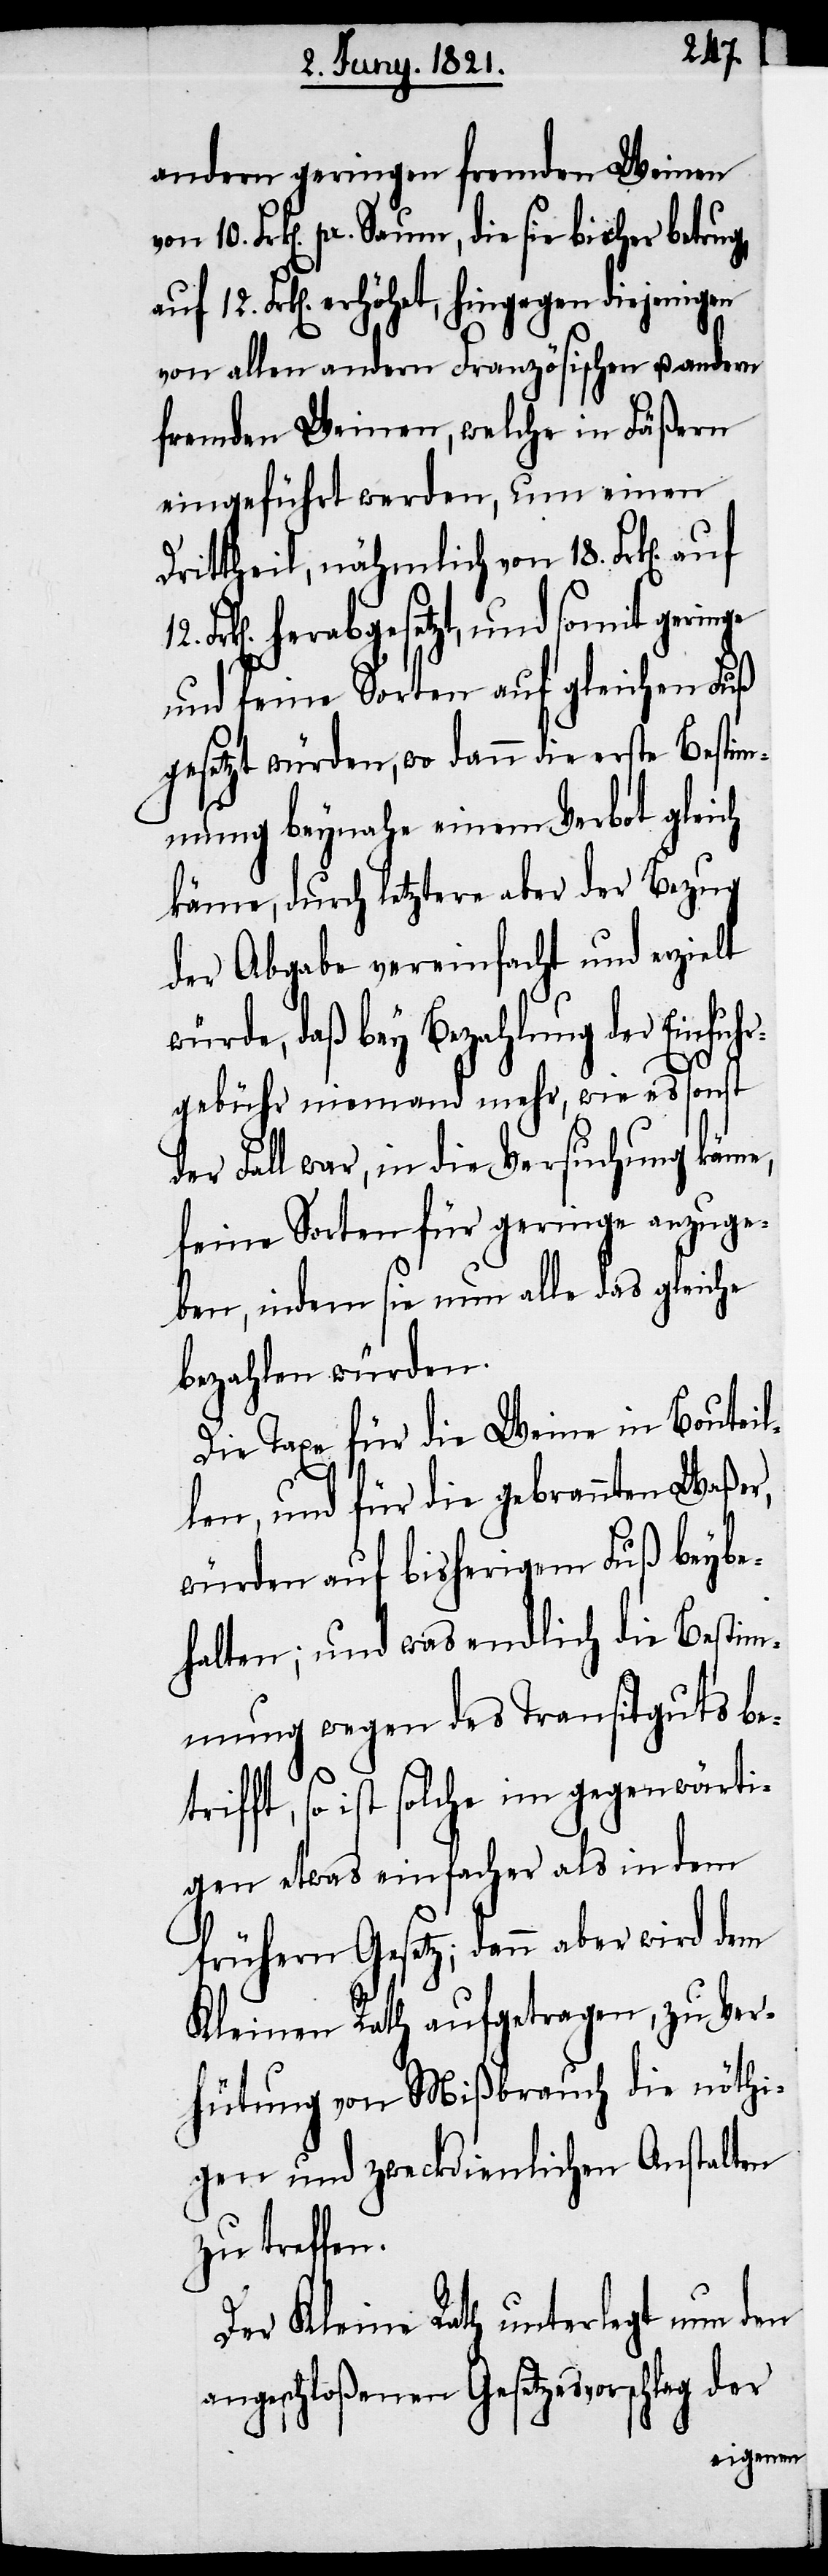
andern geringen fremden Weinen
pr. Saum, die sie bisher betrug,
12. Frk[en]. erhöhet, hingegen diejenigen
von allen andern Französischen u. andern
fremden Weinen, welche in Fäßern
eingeführt werden, um einen
Drittheil, nähmlich von 18. Frk[en].
herabgesetzt, und somit geringe
und feine Sorten auf gleichen Fuß
gesetzt würden, wo dann die erste Bestim¬
mung beynahe einem Verbot gleich
käme, durch letztere aber der Bezug
der Abgabe vereinfacht und erzielt
würde, daß bey Bezahlung der Einfuh¬
rgebühr niemand mehr, wie es sonst
der Fall war, in die Versuchung käme,
feine Sorten für geringe anzuge¬
ben, indem sie nun alle das gleiche
bezahlen würden.
Die Taxe für die Weine in Bouteil¬
len, und für die gebrannten Waßer,
würden auf bisherigem Fuß beybe¬
halten; und was endlich die Bestim¬
mung wegen des Transitguts bet¬
rifft, so ist solche im gegenwärti¬
gen etwas einfacher als in dem
frühern Gesetz; dann aber wird dem
Kleinen Rath aufgetragen, zu Ver¬
hütung von Mißbrauch die nöthi¬
gen und zweckdienlichen Anstalten
zu treffen.
Der Kleine Rath unterlegt nun den
angeschloßenen Gesetzesvorschlag der